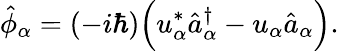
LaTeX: \hat{\phi}_{\alpha}=(-i\hbar)\Bigl(u_{\alpha}^{*}\hat{a}_{\alpha}^{\dagger}-u_{\alpha}\hat{a}_{\alpha}\Bigr).